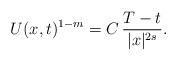
LaTeX: \begin{align*}U(x,t)^{1-m}=C\,\frac{T-t}{|x|^{2s}}.\end{align*}